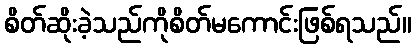
စိတ်ဆိုးခဲ့သည်ကိုစိတ်မကောင်းဖြစ်ရသည်။